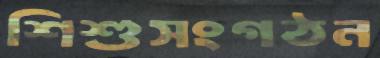
শিশুসংগঠন